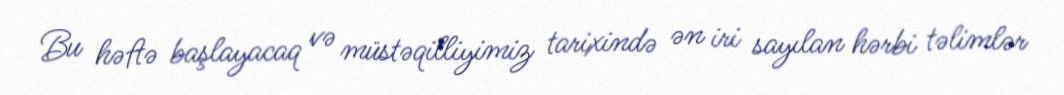
Bu həftə başlayacaq və müstəqilliyimiz tarixində ən iri sayılan hərbi təlimlər